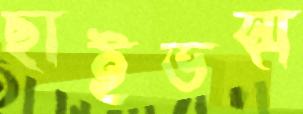
ছাইভস্ম